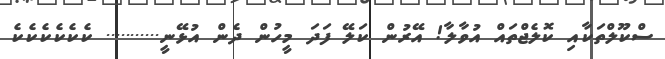
ސްކޫލްތަކާއި ކޮލެޖްތައް އުވާލާ! އޭރުން ކަލޭ ފަދަ މީހުން ދެން އުޅޭނީ........... ކެކެކެކެކެކެ